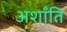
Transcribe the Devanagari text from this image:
अशाँति